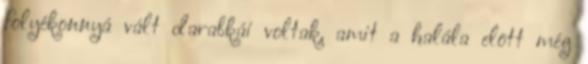
folyékonnyá vált darabkái voltak, amit a halála elõtt még